Civil Veterinary Department Bihar reports 1936-40 - 1936-1940
Year: 1936
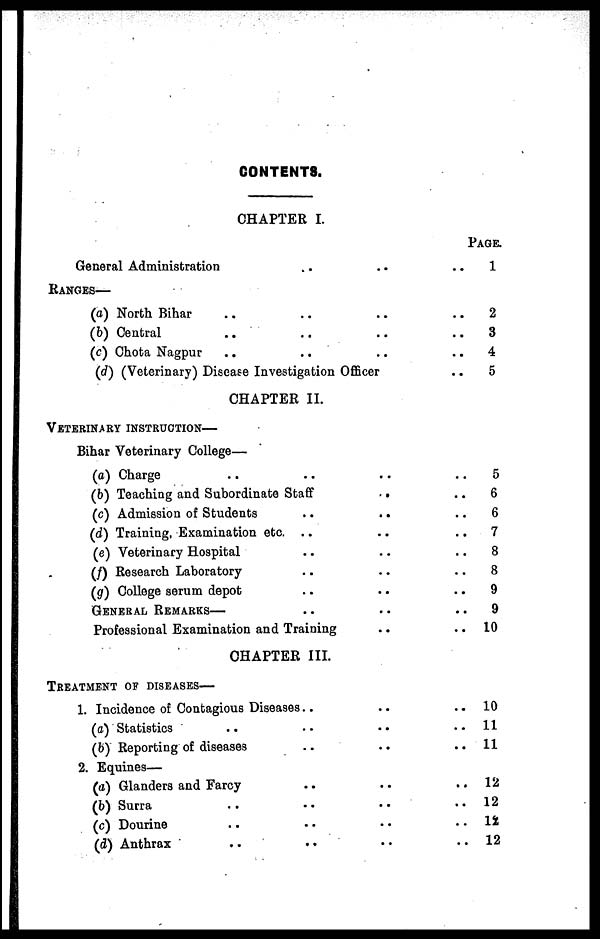
G0NTENT8.
CHAPTER I.
General Administration .. ..
Ranges—
(a) North Bihar .. .. ..
(b) Central .. .. ..
(c) Chota Nagpur .. .. ..
(d) (Veterinary) Disease Investigation Officer
CHAPTER II.
Veterinary instruction—
Bihar Veterinary College—
(a) Charge .. .. ..
(b) Teaching and Subordinate Staff
..
(c) Admission of Students .. ..
(d) Training, Examination etc. .. ..
(e) Veterinary Hospital .. ..
(f) Research Laboratory .. ..
(g) College serum depot .. ..
General Remarks— .. ..
Professional Examination and Training ..
CHAPTER III.
Treatment of diseases—
1. Incidence of Contagious Diseases .. ..
(a) Statistics .. .. ..
(b) Reporting of diseases .. ..
2. Equines—
(a) Glanders and Farcy .. ..
(b) Surra .. .. ..
(c) Dourine .. .. ..
(d) Anthrax
.. .. ..
Page.
1
..
2
..
3
..
4
..
5
.. 5
.. 6
.. 6
.. 7
.. 8
.. 8
.. 9
..
9
.. 10
.. 10
.. 11
.. 11
.. 12
.. 12
.. 12
.. 12